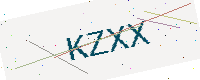
Text: KZXX